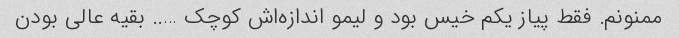
ممنونم. فقط پیاز یکم خیس بود و لیمو اندازه‌اش کوچک ….. بقیه عالی بودن